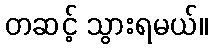
တဆင့် သွားရမယ်။